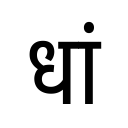
OCR:
धां